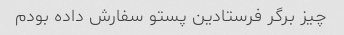
چیز برگر فرستادین پستو سفارش داده بودم